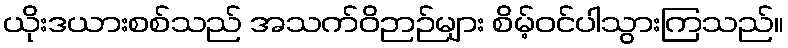
ယိုးဒယားစစ်သည် အသက်ဝိဉာဉ်များ စိမ့်ဝင်ပါသွားကြသည်။